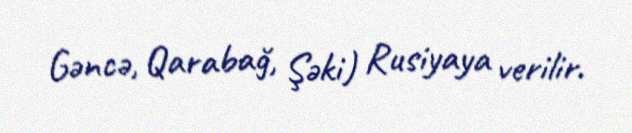
Gəncə, Qarabağ, Şəki) Rusiyaya verilir.